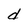
Character: d